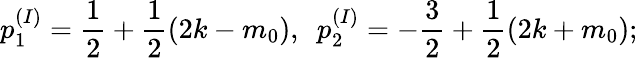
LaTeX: p_{1}^{(I)}=\frac{1}{2}+\frac{1}{2}(2k-m_{0}),~~p_{2}^{(I)}=-\frac{3}{2}+\frac{1}{2}(2k+m_{0});